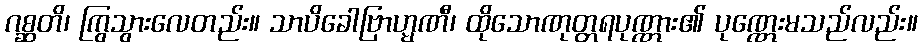
ဂစ္ဆတိ၊ ကြွသွားလေတည်း။ သာပိခေါဗြာဟ္မဏီ၊ ထိုသောဏုတ္တရပုဏ္ဏား၏ ပုဏ္ဏေးမသည်လည်း။